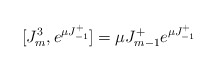
\begin{align*}[J^3_m,e^{\mu J^+_{-1}}]=\mu J^+_{m-1} e^{\mu J^+_{-1}}\end{align*}